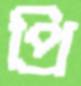
প্রি